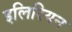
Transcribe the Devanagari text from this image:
इलिरियन